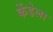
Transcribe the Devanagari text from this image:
केंडेला